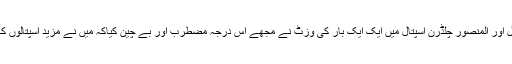
ایرموک اسپتال اور المنصور چلڈرن اسپتال میں ایک ایک بار کی وزٹ نے مجھے اِس درجہ مضطرب اور بے چین کیاکہ میں نے مزید اسپتالوں کا رُخ نہیں کیا۔